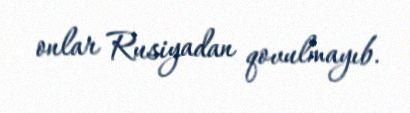
onlar Rusiyadan qovulmayıb.